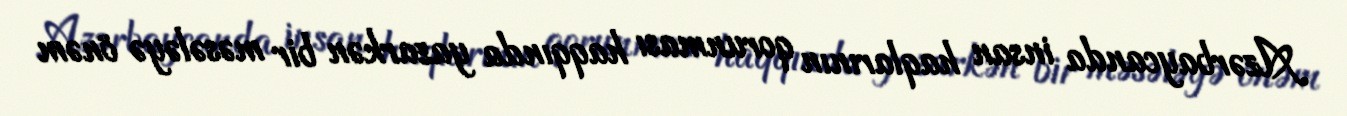
Azərbaycanda insan haqlarının qorunması haqqında yazarkən bir məsələyə önəm